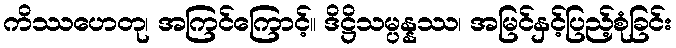
ကိဿဟေတု၊ အကြင်ကြောင့်။ ဒိဋ္ဌိသမ္ပန္နဿ၊ အမြင်နှင့်ပြည့်စုံခြင်း